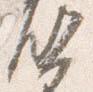
啓